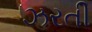
ઝરતી